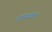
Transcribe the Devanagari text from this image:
वाच्यार्थाला